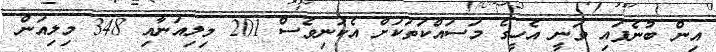
އިން ބުނެފައި ވަނީ އެހީގެ މަސައްކަތަކަށް އެކަނިވެސް 201 މިލިއަނާއި 348 މިލިއަން